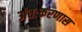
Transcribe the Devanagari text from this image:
अंतःकरणास